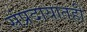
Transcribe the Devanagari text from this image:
संप्रदायातही